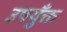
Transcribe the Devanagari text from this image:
उपयुँक्त